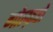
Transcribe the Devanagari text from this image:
गोल्फ़रों